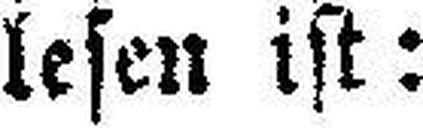
lesen ist: